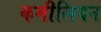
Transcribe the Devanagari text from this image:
कमीलियन